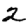
Digit: 2